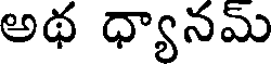
అథ ధ్యానమ్